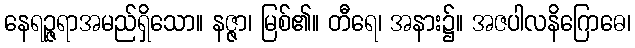
နေရဉ္ဇရာအမည်ရှိသော။ နဇ္ဇာ၊ မြစ်၏။ တီရေ၊ အနား၌။ အဇပါလနိဂြောဓေ၊